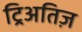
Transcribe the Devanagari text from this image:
ट्रिअतिज़